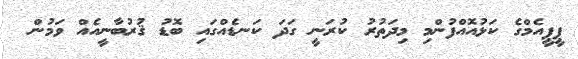
ޕީޕީއެމްގެ ކަޅުއޮއްފުންމި މިދަތުރު ކުރަނީ ގަދަ ކަނޑެއްގައި ބޮޑު ޤުރުބާނީއެއް ވަމުން